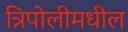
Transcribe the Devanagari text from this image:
त्रिपोलीमधील